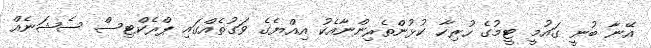
އޭނާ ބުނީ ގައުމީ ޓީމުގެ ހުރިހާ ކުޅުންތެރިންނާއެކު އިއްޔެގެ ވަގުތެއްގައި ޕްރެކްޓިސް ސެޝަނެއް